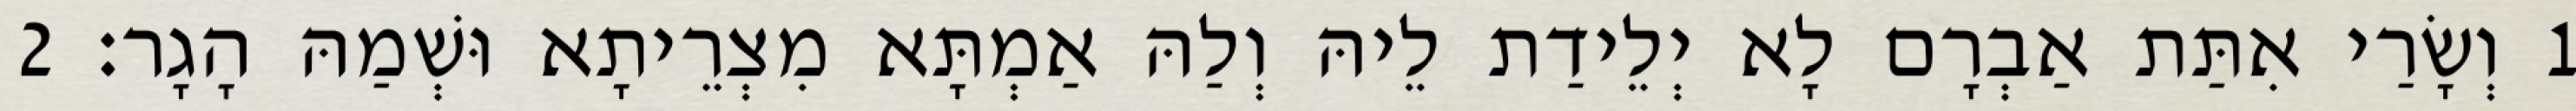
1 וְשָׂרַי אִתַּת אַבְרָם לָא יְלֵידַת לֵיהּ וְלַהּ אַמְתָּא מִצְרֵיתָא וּשְׁמַהּ הָגָר׃ 2